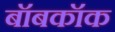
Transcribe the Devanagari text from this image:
बॉबकॉक